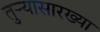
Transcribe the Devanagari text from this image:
तुर्‍यासारख्या